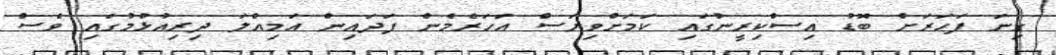
ގިނަ ފަހަރަށް ބޮޑު އިސްކިރީނުގައި ކަމަށްވިޔަސް އަހަރެމެން ފަދައިން އަމިއްލަ ދިރިއުޅުމުގައި ވެސް